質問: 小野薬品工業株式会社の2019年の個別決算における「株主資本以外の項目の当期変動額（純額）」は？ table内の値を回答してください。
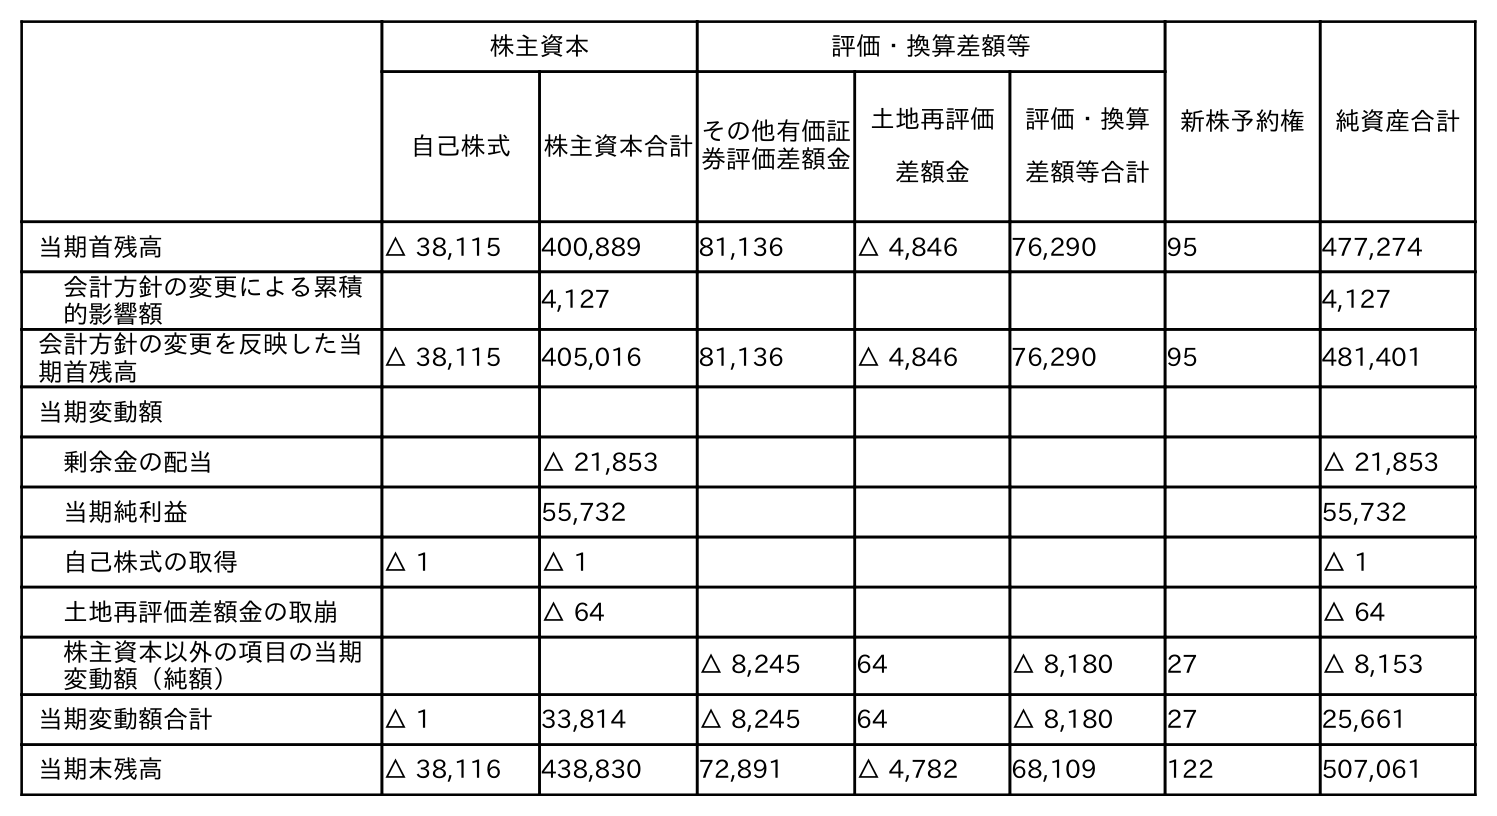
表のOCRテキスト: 株主資本 評価・換算差額等 新株予約権 純資産合計 自己株式 株主資本合計その他有価証 券評価差額金 土地再評価 差額金 評価・換算 差額等合計 当期首残高 △ 38,115 400,889 81,136 △ 4,846 76,290 95 477,274 会計方針の変更による累積 的影響額 4,127 4,127 会計方針の変更を反映した当 期首残高 △ 38,115 405,016 81,136 △ 4,846 76,290 95 481,401 当期変動額 剰余金の配当 △ 21,853 △ 21,853 当期純利益 55,732 55,732 自己株式の取得 △ 1 △ 1 △ 1 土地再評価差額金の取崩 △ 64 △ 64 株主資本以外の項目の当期 変動額（純額） △ 8,245 64 △ 8,180 27 △ 8,153 当期変動額合計 △ 1 33,814 △ 8,245 64 △ 8,180 27 25,661 当期末残高 △ 38,116 438,830 72,891 △ 4,782 68,109 122 507,061
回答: △8,153